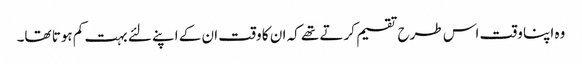
وہ اپنا وقت اس طرح تقسیم کرتے تھے کہ ان کا وقت ان کے اپنے لئے بہت کم ہوتا تھا۔